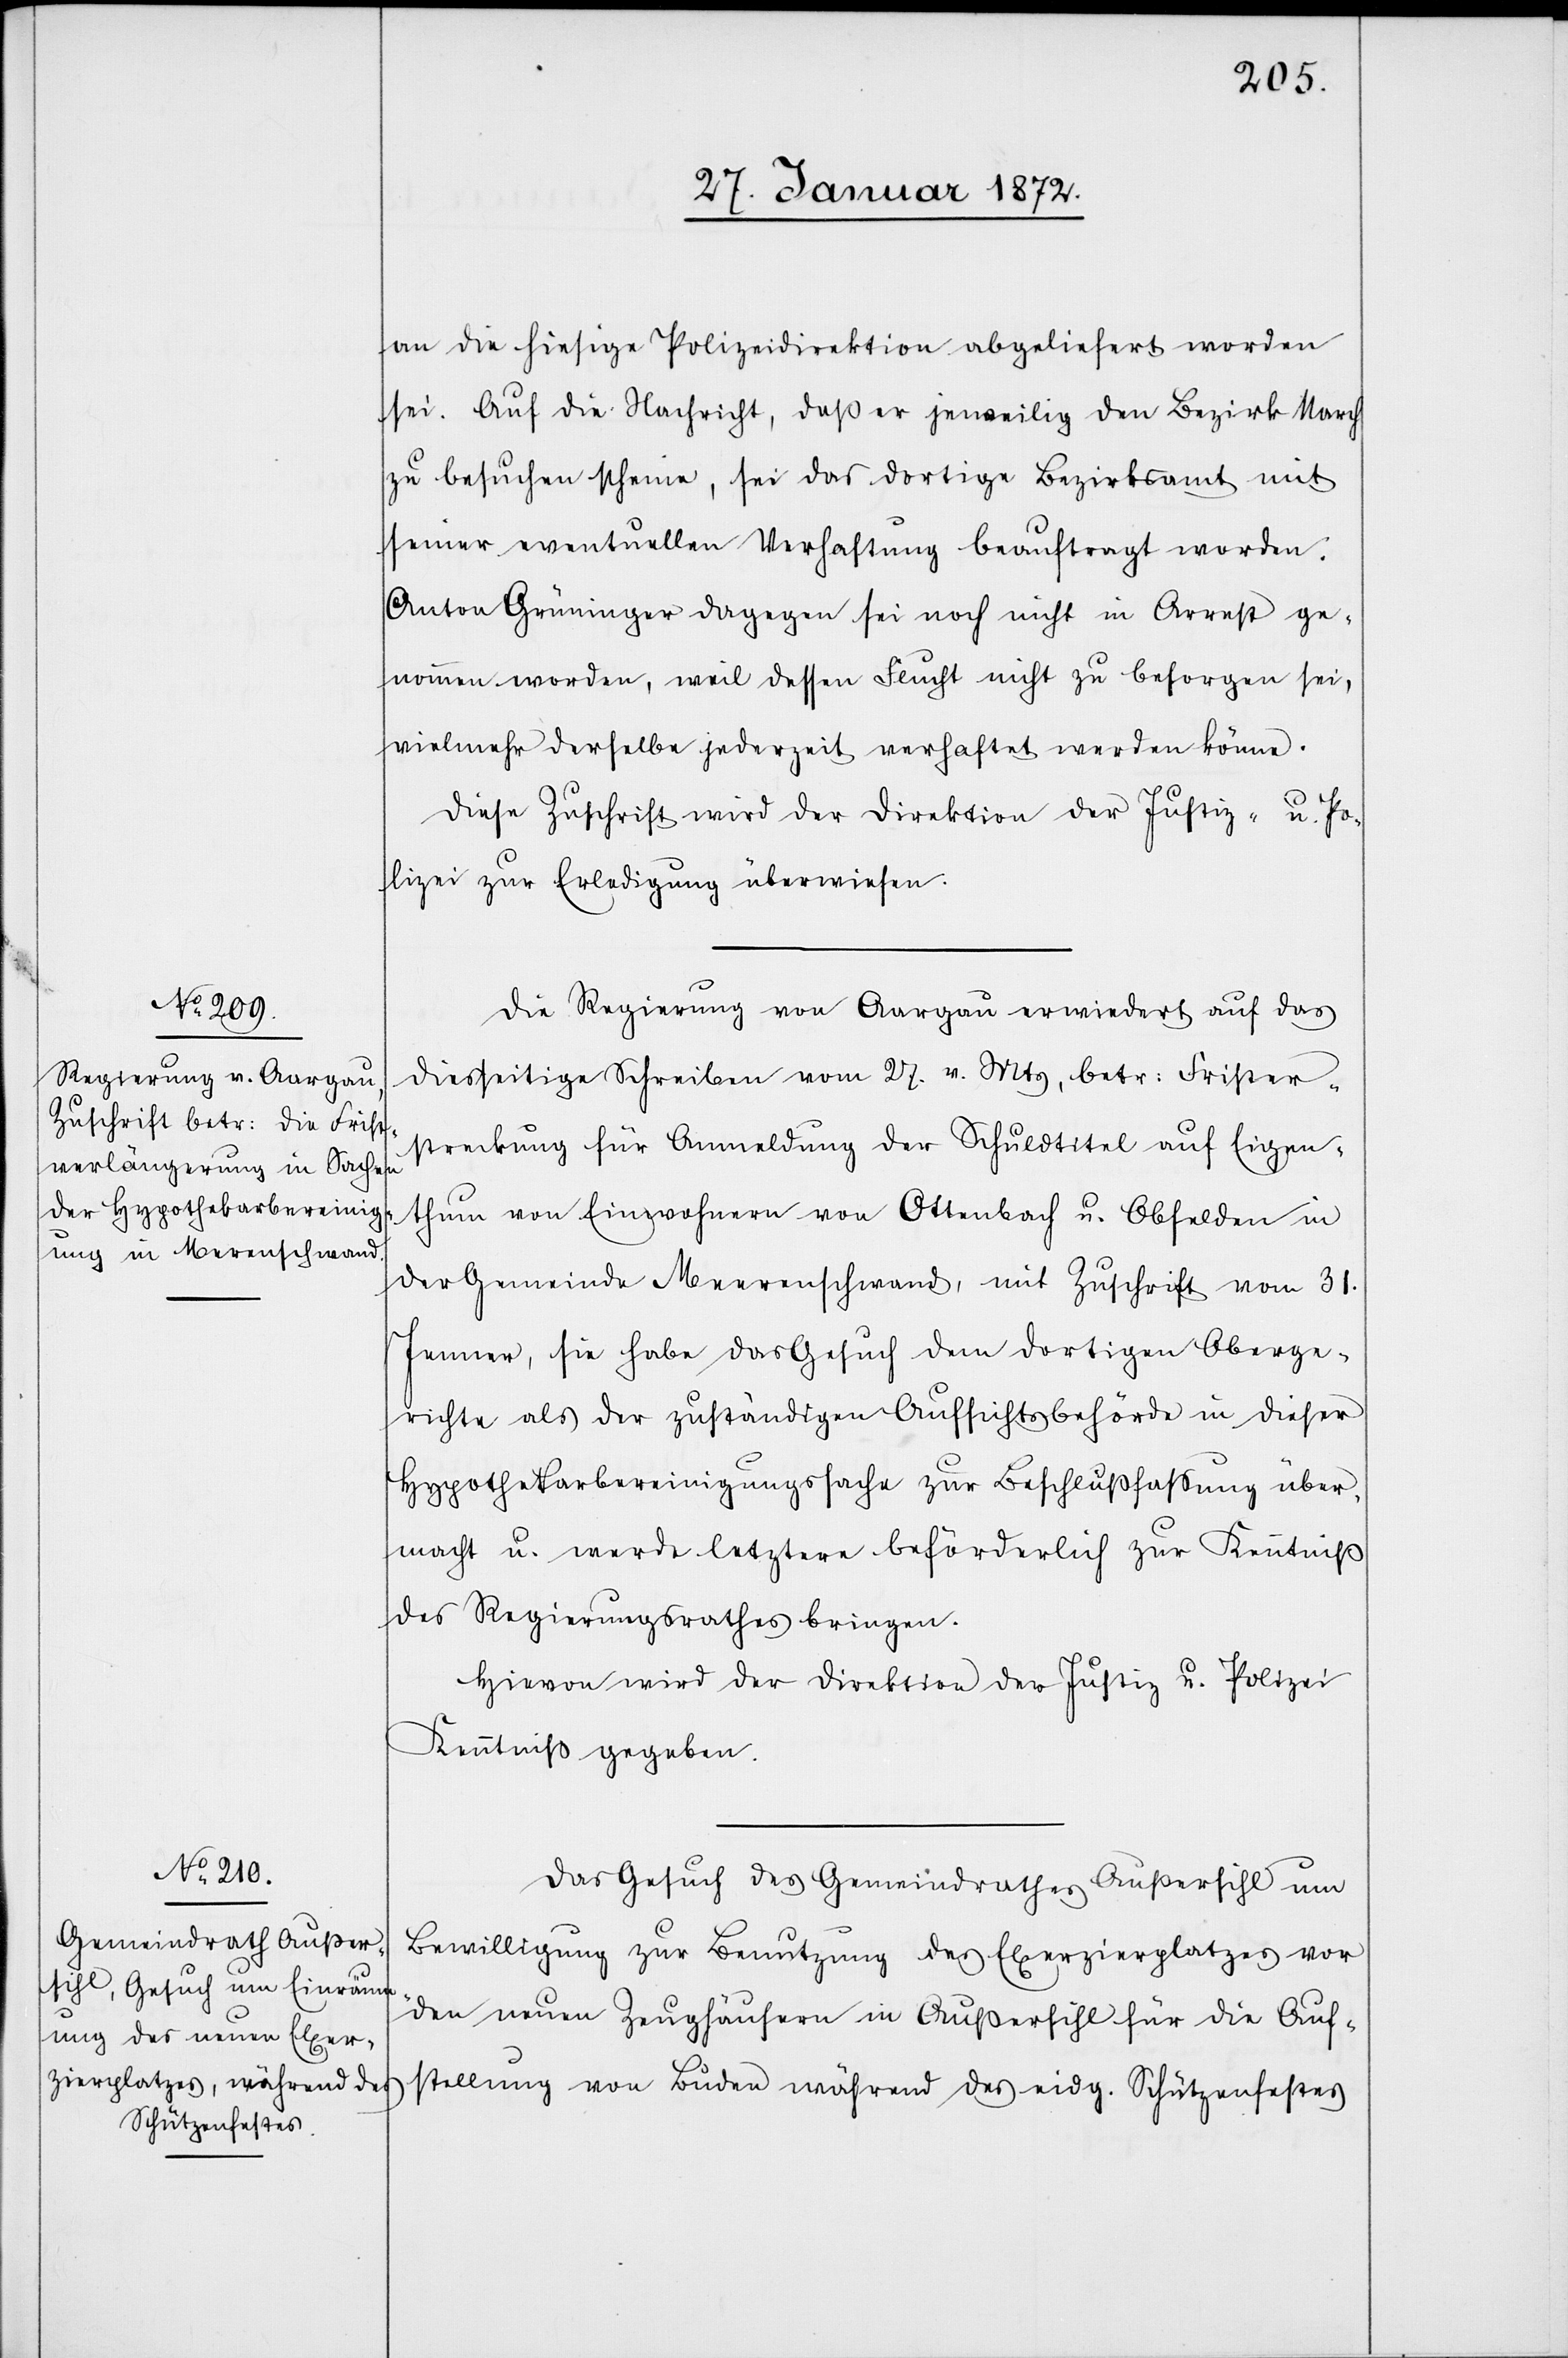
an die hiesige Polizeidirektion abgeliefert worden
sei. Auf die Nachricht, daß er jeweilig den Bezirk March
zu besuchen scheine, sei das dortige Bezirksamt mit
seiner eventuellen Verhaftung beauftragt worden.
Anton Grüninger dagegen sei noch nicht in Arrest ge¬
nommen worden, weil dessen Flucht nicht zu besorgen sei,
vielmehr derselbe jederzeit verhaftet werden könne.
Diese Zuschrift wird der Direktion der Justiz- u. Po¬
lizei zur Erledigung überwiesen.
Die Regierung von Aargau erwiedert auf das
diesseitige Schreiben vom 27. v. Mts, betr. Frister¬
streckung für Anmeldung der Schuldtitel auf Eigen¬
thum von Einwohnern von Ottenbach u. Obfelden in
der Gemeinde Merenschwand, mit Zuschrift vom 31.
Jenner, sie habe das Gesuch dem dortigen Oberge¬
richte als der zuständigen Aufsichtsbehörde in dieser
Hypothekarbereinigungssache zur Beschlußfassung über¬
macht u. werde letztern beförderlich zur Kenntniß
des Regierungsrathes bringen.
Hievon wird der Direktion der Justiz u. Polizei
Kenntniß gegeben.
Das Gesuch des Gemeindrathes Außersihl um
Bewilligung zur Benutzung des Exerzierplatzes vor
den neuen Zeughäusern in Außersihl für die Auf¬
stellung von Buden während des eidg. Schützenfestes